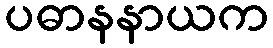
ပဓာနနာယက